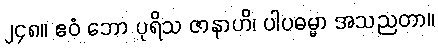
၂၄၈။ ဧဝံ ဘော ပုရိသ ဇာနာဟိ၊ ပါပဓမ္မာ အသညတာ။